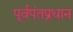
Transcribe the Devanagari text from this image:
पूर्वपंतप्रधान